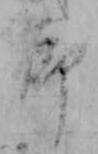
節